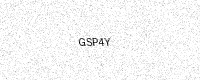
Text: GSP4Y